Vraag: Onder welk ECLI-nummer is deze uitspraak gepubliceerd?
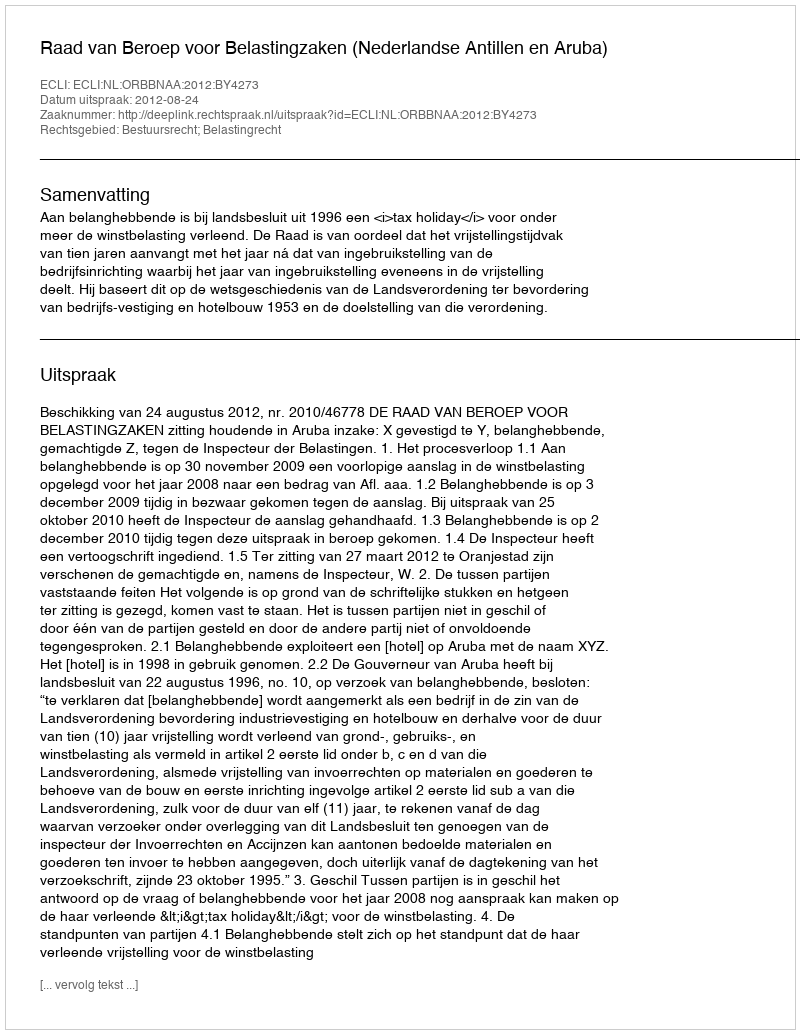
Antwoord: ECLI:NL:ORBBNAA:2012:BY4273